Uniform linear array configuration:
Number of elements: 8
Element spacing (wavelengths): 0.75
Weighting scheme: uniform
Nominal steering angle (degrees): -30
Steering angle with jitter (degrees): -28.74
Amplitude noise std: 0.05
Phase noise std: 0.05

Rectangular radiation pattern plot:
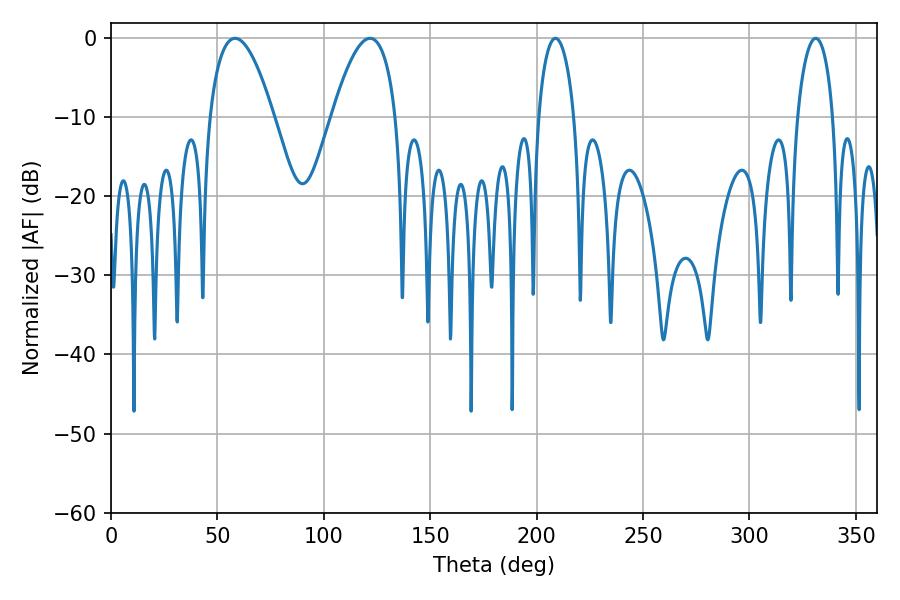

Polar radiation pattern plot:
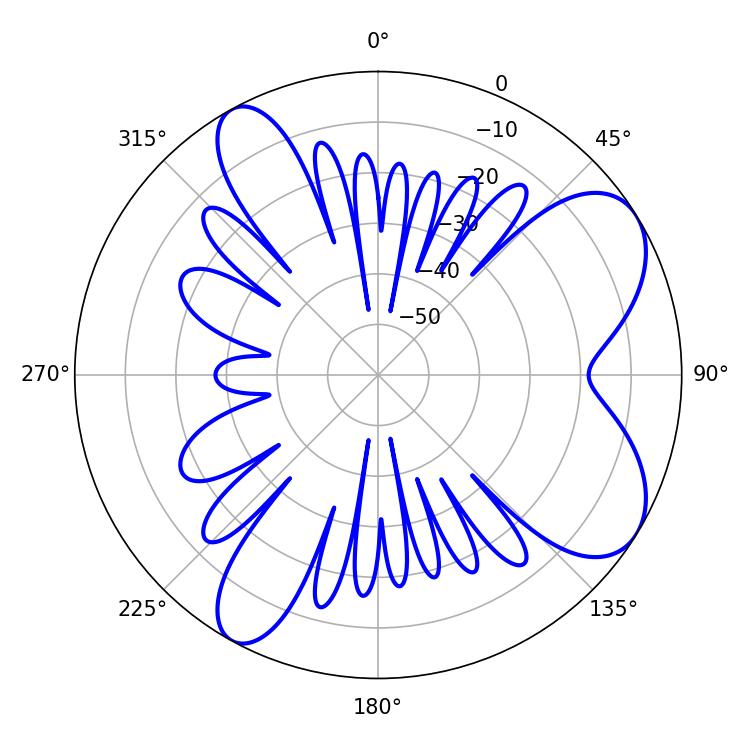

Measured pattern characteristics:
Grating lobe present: TRUE
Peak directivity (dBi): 7.452
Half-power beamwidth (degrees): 16.74
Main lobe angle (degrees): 58.32